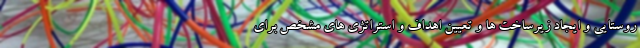
روستایی و ایجاد زیرساخت ها و تعیین اهداف و استراتژی های مشخص برای